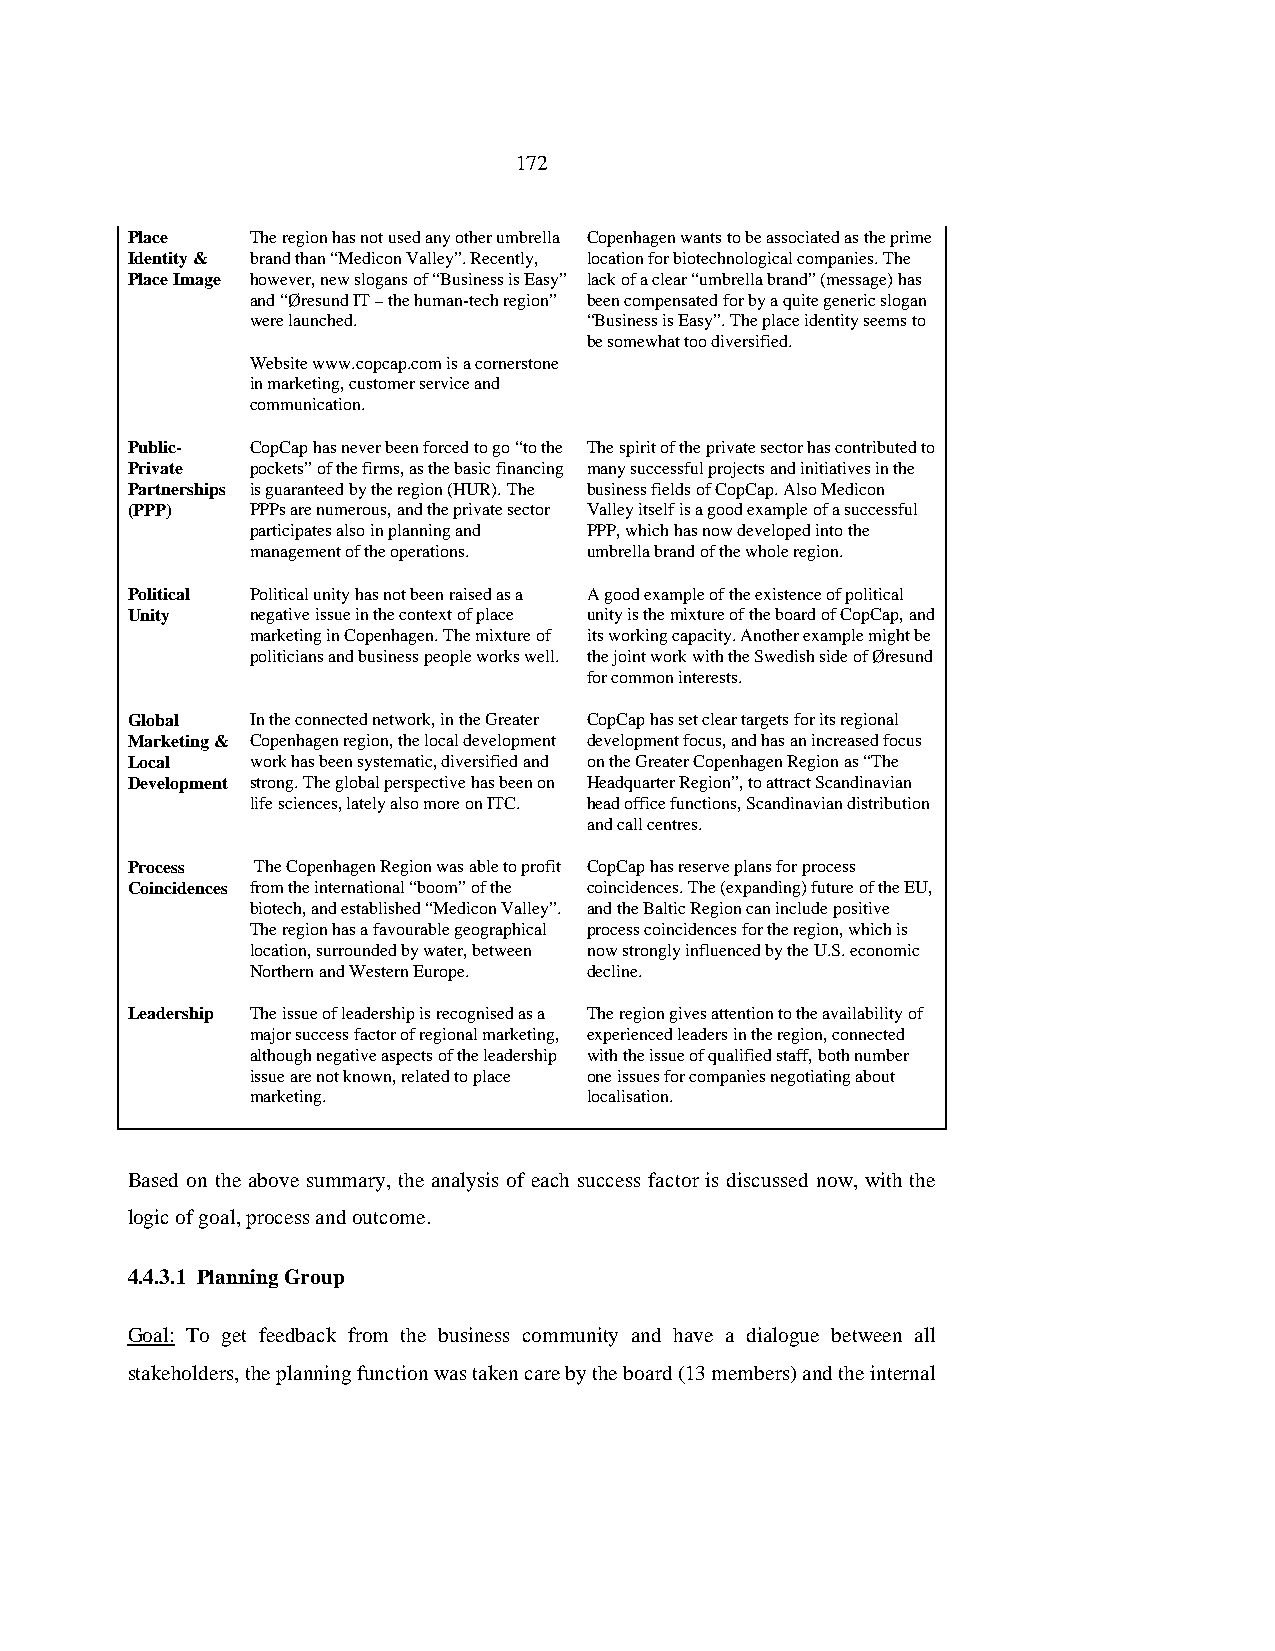
172
 Place    The region has not used any other umbrella Copenhagen wants to be associated as the prime
 Identity & brand than “Medicon Valley”. Recently, location for biotechnological companies. The
 Place Image however, new slogans of “Business is Easy” lack of a clear “umbrella brand” (message) has
 and “Øresund IT – the human-tech region” been compensated for by a quite generic slogan
 were launched.        “Business is Easy”. The place identity seems to
 be somewhat too diversified.
 Website www.copcap.com is a cornerstone
 in marketing, customer service and
 communication.
 Public-  CopCap has never been forced to go “to the The spirit of the private sector has contributed to
 Private  pockets” of the firms, as the basic financing many successful projects and initiatives in the
 Partnerships is guaranteed by the region (HUR). The business fields of CopCap. Also Medicon
 (PPP)    PPPs are numerous, and the private sector Valley itself is a good example of a successful
 participates also in planning and PPP, which has now developed into the
 management of the operations. umbrella brand of the whole region.
 Political Political unity has not been raised as a A good example of the existence of political
 Unity    negative issue in the context of place unity is the mixture of the board of CopCap, and
 marketing in Copenhagen. The mixture of its working capacity. Another example might be
 politicians and business people works well. the joint work with the Swedish side of Øresund
 for common interests.
 Global   In the connected network, in the Greater CopCap has set clear targets for its regional
 Marketing & Copenhagen region, the local development development focus, and has an increased focus
 Local    work has been systematic, diversified and on the Greater Copenhagen Region as “The
 Development strong. The global perspective has been on Headquarter Region”, to attract Scandinavian
 life sciences, lately also more on ITC. head office functions, Scandinavian distribution
 and call centres.
 Process  The Copenhagen Region was able to profit CopCap has reserve plans for process
 Coincidences from the international “boom” of the coincidences. The (expanding) future of the EU,
 biotech, and established “Medicon Valley”. and the Baltic Region can include positive
 The region has a favourable geographical process coincidences for the region, which is
 location, surrounded by water, between now strongly influenced by the U.S. economic
 Northern and Western Europe. decline.
 Leadership The issue of leadership is recognised as a The region gives attention to the availability of
 major success factor of regional marketing, experienced leaders in the region, connected
 although negative aspects of the leadership with the issue of qualified staff, both number
 issue are not known, related to place one issues for companies negotiating about
 marketing.            localisation.
 Based on the above summary, the analysis of each success factor is discussed now, with the
 logic of goal, process and outcome.
 4.4.3.1 Planning Group
 Goal: To get feedback from the business community and have a dialogue between all
 stakeholders, the planning function was taken care by the board (13 members) and the internal